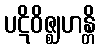
ပဋိဝိဇ္ဈဟန္တိ